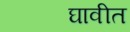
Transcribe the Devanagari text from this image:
घावीत